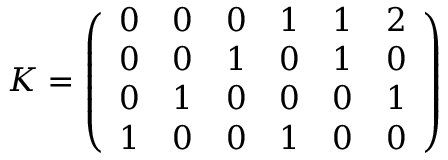
K = \left( \begin{array} { l l l l l l } { { 0 } } & { { 0 } } & { { 0 } } & { { 1 } } & { { 1 } } & { { 2 } } \\ { { 0 } } & { { 0 } } & { { 1 } } & { { 0 } } & { { 1 } } & { { 0 } } \\ { { 0 } } & { { 1 } } & { { 0 } } & { { 0 } } & { { 0 } } & { { 1 } } \\ { { 1 } } & { { 0 } } & { { 0 } } & { { 1 } } & { { 0 } } & { { 0 } } \end{array} \right)